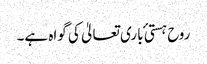
روح ہستی ٔ باری تعالیٰ کی گواہ ہے۔